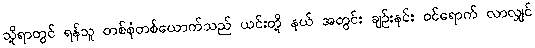
သို့ရာတွင် ရန်သူ တစ်စုံတစ်ယောက်သည် ယင်းတို့ နယ် အတွင်း ချဉ်းနင်း ဝင်ရောက် လာလျှင်